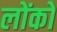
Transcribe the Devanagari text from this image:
लोंको